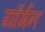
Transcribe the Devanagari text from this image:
यॉर्गन